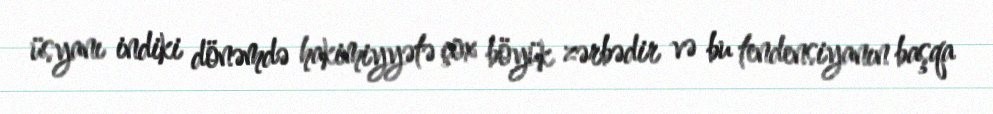
üsyanı indiki dönəmdə hakimiyyətə çox böyük zərbədir və bu tendensiyanın başqa